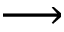
\longrightarrow